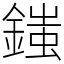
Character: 䥀